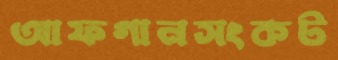
আফগানসংকট